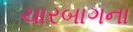
ચારબાગના